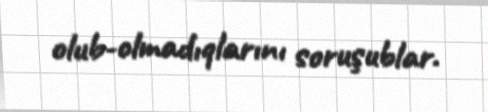
olub-olmadıqlarını soruşublar.